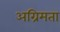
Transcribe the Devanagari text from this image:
अग्रिमता